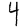
Digit: 4